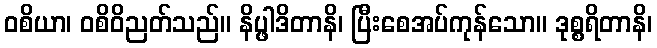
ဝစိယာ၊ ဝစိဝိညတ်သည်။ နိပ္ဖါဒိတာနိ၊ ပြီးစေအပ်ကုန်သော။ ဒုစ္စရိတာနိ၊